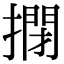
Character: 𢲾